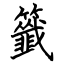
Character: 籤